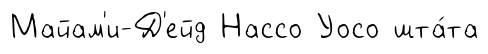
Майам'и-Д'ейд Нассо Уосо шта́та